Proceedings of the meeting of veterinary officers in India
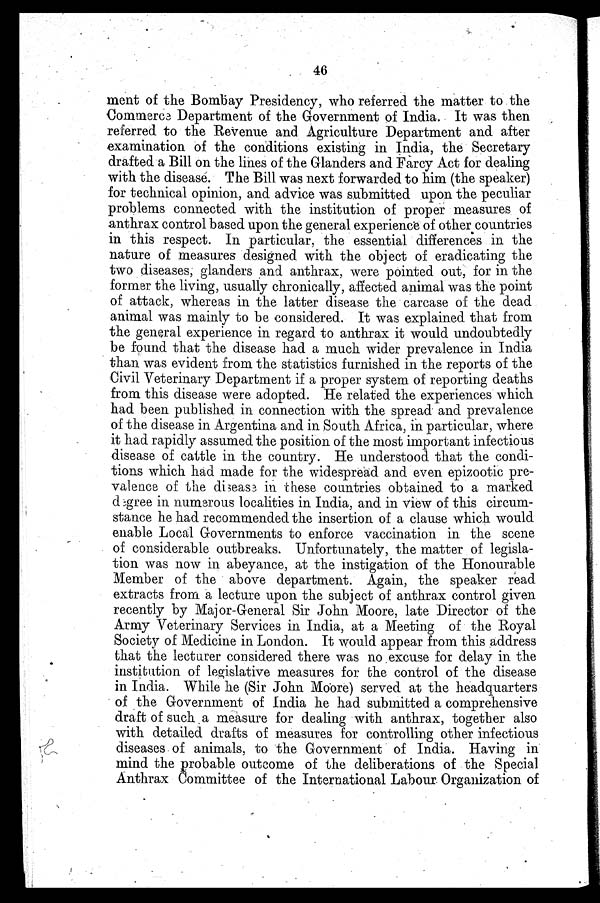
46
ment of the Bombay Presidency, who referred the matter to the
Commerce Department of the Government of India. It was then
referred to the Revenue and Agriculture Department and after
examination of the conditions existing in India, the Secretary
drafted a Bill on the lines of the Glanders and Farcy Act for dealing
with the disease. The Bill was next forwarded to him (the speaker)
for technical opinion, and advice was submitted upon the peculiar
problems connected with the institution of proper measures of
anthrax control based upon the general experience of other countries
in this respect. In particular, the essential differences in the
nature of measures designed with the object of eradicating the
two diseases, glanders and anthrax, were pointed out, for in the
former the living, usually chronically, affected animal was the point
of attack, whereas in the latter disease the carcase of the dead
animal was mainly to be considered. It was explained that from
the general experience in regard to anthrax it would undoubtedly
be found that the disease had a much wider prevalence in India
than was evident from the statistics furnished in the reports of the
Civil Veterinary Department if a proper system of reporting deaths
from this disease were adopted. He related the experiences which
had been published in connection with the spread and prevalence
of the disease in Argentina and in South Africa, in particular, where
it had rapidly assumed the position of the most important infectious
disease of cattle in the country. He understood that the condi-
tions which had made for the widespread and even epizootic pre-
valence of the disease in these countries obtained to a marked
degree in numerous localities in India, and in view of this circum-
stance he had recommended the insertion of a clause which would
enable Local Governments to enforce vaccination in the scene
of considerable outbreaks. Unfortunately, the matter of legisla-
tion was now in abeyance, at the instigation of the Honourable
Member of the above department. Again, the speaker read
extracts from a lecture upon the subject of anthrax control given
recently by Major-General Sir John Moore, late Director of the
Army Veterinary Services in India, at a Meeting of the Royal
Society of Medicine in London. It would appear from this address
that the lecturer considered there was no excuse for delay in the
institution of legislative measures for the control of the disease
in India. While he (Sir John Moore) served at the headquarters
of the Government of India he had submitted a comprehensive
draft of such a measure for dealing with anthrax, together also
with detailed drafts of measures for controlling other infectious
diseases of animals, to the Government of India. Having in
mind the probable outcome of the deliberations of the Special
Anthrax Committee of the International Labour Organization of